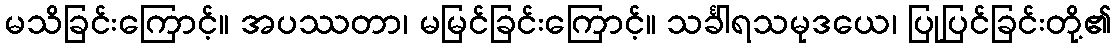
မသိခြင်းကြောင့်။ အပဿတာ၊ မမြင်ခြင်းကြောင့်။ သင်္ခါရသမုဒယေ၊ ပြုပြင်ခြင်းတို့၏